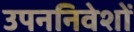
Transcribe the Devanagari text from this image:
उपननिवेशों